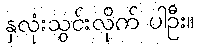
နှလုံးသွင်းလိုက် ပါဦး။